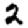
Digit: 2